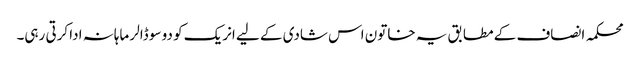
محکمہ انصاف کے مطابق یہ خاتون اس شادی کے لیے انریک کو دو سو ڈالر ماہانہ ادا کرتی رہی۔